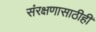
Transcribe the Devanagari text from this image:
संरक्षणासाठीही